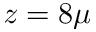
z = 8 \mu